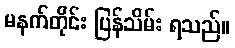
မနက်တိုင်း ပြန်သိမ်း ရသည်။